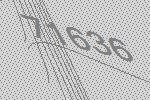
71636